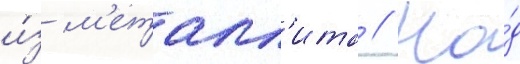
и́з м'еталл'ита // На́д